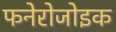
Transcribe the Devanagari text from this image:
फनेरोजोइक